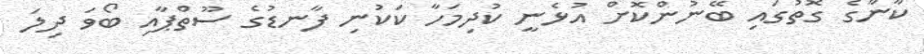
ކާނާގެ ގޮތުގައި ބޭނުންކޮށް އުޅެނީ ކުދިމަހާ ކަކުނި ފާނޑުގެ ސޫތްޕާއި ބޯވަ ދިލަ